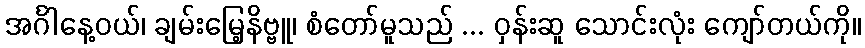
အင်္ဂါနေ့ဝယ်၊ ချမ်းမြေ့နိဗ္ဗူ၊ စံတော်မူသည် ... ဝှန်းဆူ သောင်းလုံး ကျော်တယ်ကို။